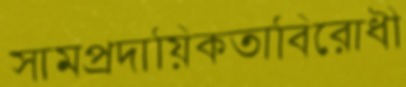
সামপ্রদায়িকতাবিরোধী